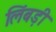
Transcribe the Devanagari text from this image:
लिंबड़ी